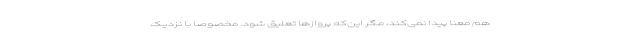
هم معنا پیدا نمی‌کند، مگر این‌که پروازها تعلیق شود. مخصوصا با نزدیک